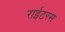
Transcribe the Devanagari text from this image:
राईटरस